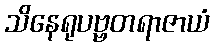
သိနေရုပဗ္ဗတရာဇာယံ